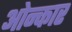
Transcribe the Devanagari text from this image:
ओन्कार